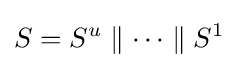
S=S^{u}\parallel \cdots \parallel S^{1}